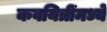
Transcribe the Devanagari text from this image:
कवयित्रींमध्ये